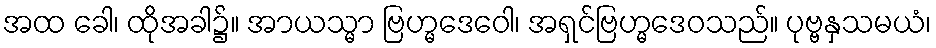
အထ ခေါ၊ ထိုအခါ၌။ အာယသ္မာ ဗြဟ္မဒေဝေါ၊ အရှင်ဗြဟ္မဒေဝသည်။ ပုဗ္ဗနှသမယံ၊